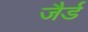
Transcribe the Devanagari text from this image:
जैर्ड